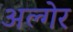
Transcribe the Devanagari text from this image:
अल्गेर